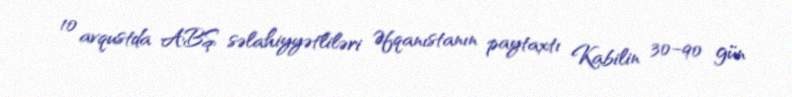
10 avqustda ABŞ səlahiyyətliləri Əfqanıstanın paytaxtı Kabilin 30–90 gün